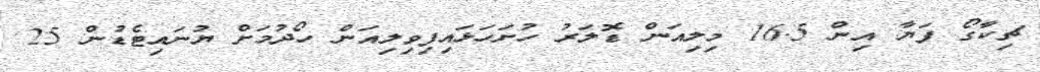
ޗިކާގޯ ފަޔާ އިން 16.5 މިލިއަން ޑޮލަރު ހުށަހަޅައިފިވިލިއަން ހޯދުމަށް ޔުނައިޓެޑުން 25